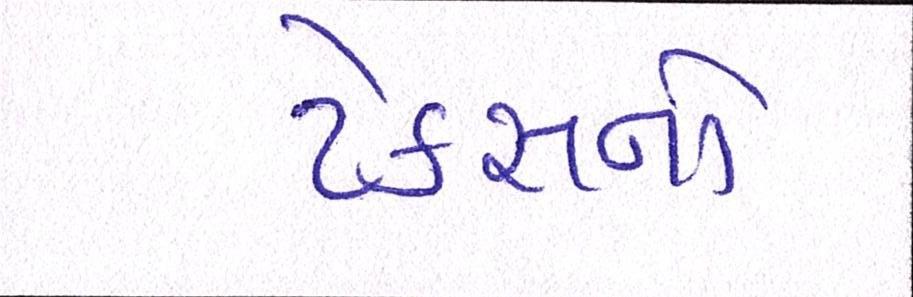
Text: ટેક્સનો